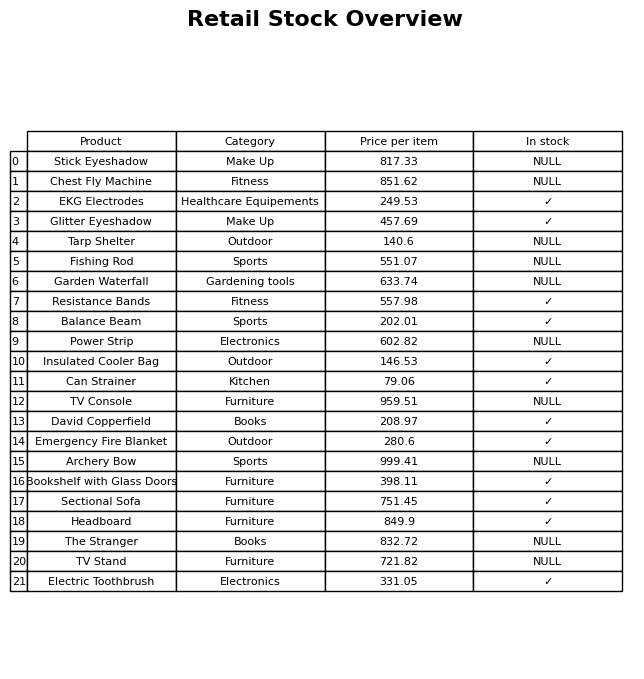
question: Which products are available in stock?
answer: EKG Electrodes, Glitter Eyeshadow, Resistance Bands, Balance Beam, Insulated Cooler Bag, Can Strainer, David Copperfield, Emergency Fire Blanket, Bookshelf with Glass Doors, Sectional Sofa, Headboard, Electric Toothbrush